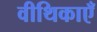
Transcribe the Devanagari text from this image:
वीथिकाएँ